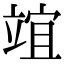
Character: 竩